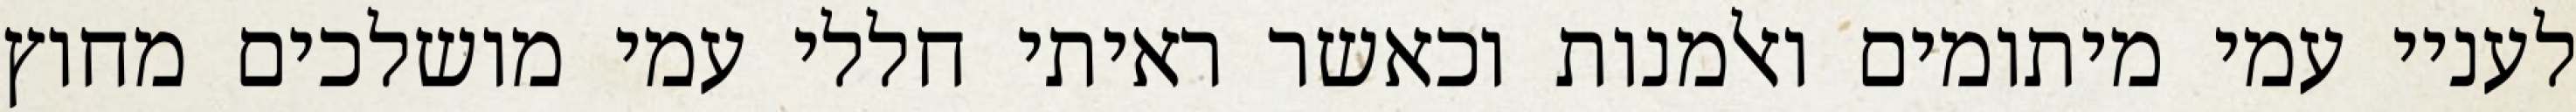
לעניי עמי מיתומים ואלמנות וכאשר ראיתי חללי עמי מושלכים מחוץ